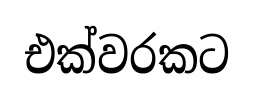
එක්වරකට